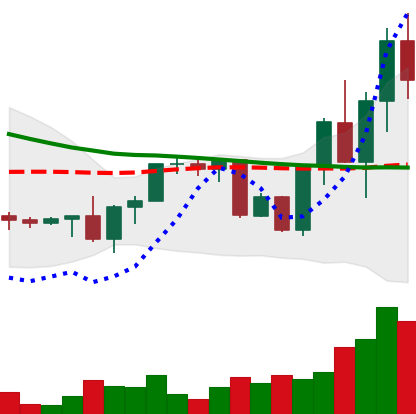
Ticker: XRP-USD
Chart end date: 2022-09-21
Forward return: 17.854%
Label: up_7plus